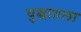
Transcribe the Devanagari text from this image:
युद्धातला